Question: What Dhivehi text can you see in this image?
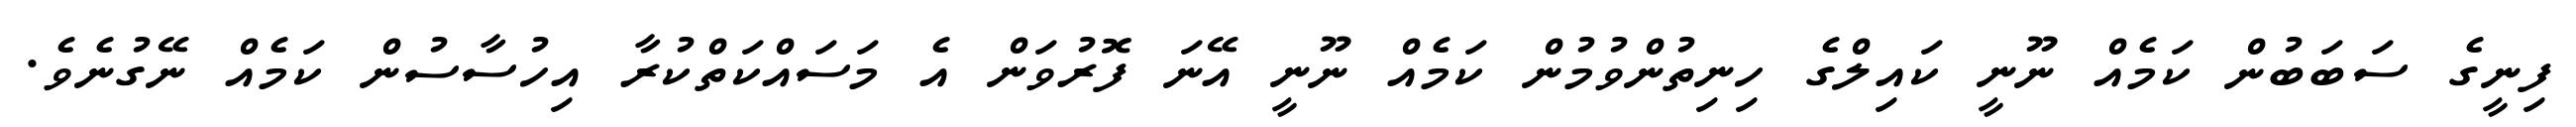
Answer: ފިނީގެ ސަބަބުން ކަމެއް ނޫނީ ކައިލްގެ ހިނިތުންވުމުން ކަމެއް ނޫނީ އޭނަ ފޮރުވަން އެ މަސައްކަތްކުރާ އިހުސާސުން ކަމެއް ނޭގުނެވެ.